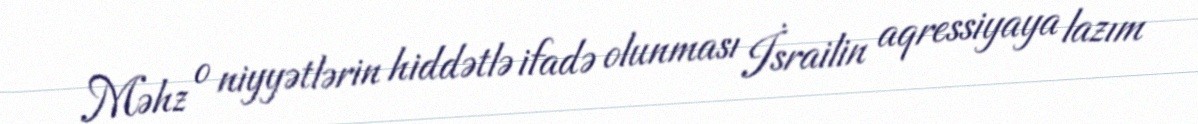
Məhz o niyyətlərin hiddətlə ifadə olunması İsrailin aqressiyaya lazım